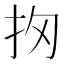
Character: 𢪣